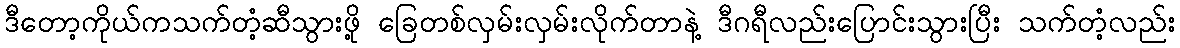
ဒီတော့ကိုယ်ကသက်တံ့ဆီသွားဖို့ ခြေတစ်လှမ်းလှမ်းလိုက်တာနဲ့ ဒီဂရီလည်းပြောင်းသွားပြီး သက်တံ့လည်း